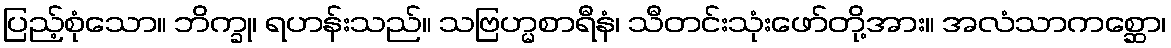
ပြည့်စုံသော။ ဘိက္ခု၊ ရဟန်းသည်။ သဗြဟ္မစာရီနံ၊ သီတင်းသုံးဖော်တို့အား။ အလံသာကစ္ဆော၊